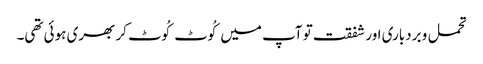
تحمل و بردباری اور شفقت تو آپ میں کُوٹ کُوٹ کر بھری ہوئی تھی۔